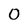
Character: 0